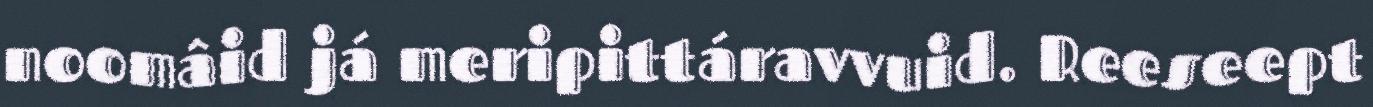
noomâid já meripittáravvuid. Reeseept